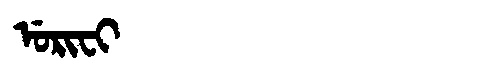
Manchu: ᡠᡵᡳᠸᡳ
Romanization: URIFI